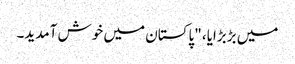
میں بڑبڑایا، "پاکستان میں خوش آمدید۔